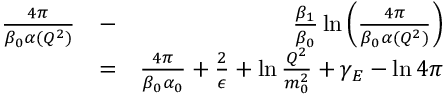
\begin{array} { r l r } { { \frac { 4 \pi } { \beta _ { 0 } \alpha ( Q ^ { 2 } ) } } } & { - } & { { \frac { \beta _ { 1 } } { \beta _ { 0 } } } \ln \left( { \frac { 4 \pi } { \beta _ { 0 } \alpha ( Q ^ { 2 } ) } } \right) } \\ & { = } & { { \frac { 4 \pi } { \beta _ { 0 } \alpha _ { 0 } } } + { \frac { 2 } { \epsilon } } + \ln { \frac { Q ^ { 2 } } { m _ { 0 } ^ { 2 } } } + \gamma _ { E } - \ln 4 \pi } \end{array}